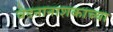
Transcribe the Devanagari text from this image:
वेदनानाशकाच्या